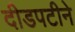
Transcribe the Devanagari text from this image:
दीडपटीने